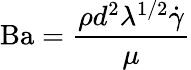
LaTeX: \mathrm{Ba}={\frac{\rho d^{2}\lambda^{1/2}{\dot{\gamma}}}{\mu}}